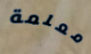
معلمة